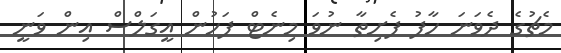
މެޗުގެ ދެވަނަ ހާފު ފެށިތާ ނުވަ މިނެޓް ފަހުން އީގަލްސް އިން ވަނީ